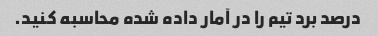
درصد برد تیم را در آمار داده شده محاسبه کنید.